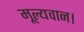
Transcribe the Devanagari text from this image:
मूल्यवान।